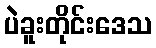
ပဲခူးတိုင်းဒေသ